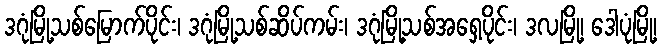
ဒဂုံမြို့သစ်မြောက်ပိုင်း၊ ဒဂုံမြို့သစ်ဆိပ်ကမ်း၊ ဒဂုံမြို့သစ်အရှေ့ပိုင်း၊ ဒလမြို့၊ ဒေါပုံမြို့၊